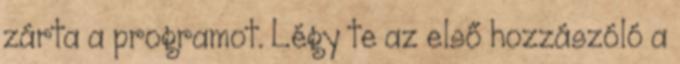
zárta a programot. Légy te az első hozzászóló a